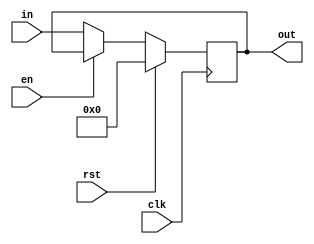
//========== Program Counter ==========//
//determines address of current and next instructions
module PC(
	input clk,	//clock
	input rst,	//reset
	input en,	//enable signal for stall
	input [31:0] in,	//indicates address of next instruction
	output reg [31:0] out	//points to the current instruction
	);

//counter
always @(posedge clk) begin
	if (rst) out <= 32'd0;
	else if (~en) out <= in;	//stall when enable is low
end

endmodule